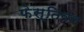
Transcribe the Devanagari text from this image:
फेस्तिवल